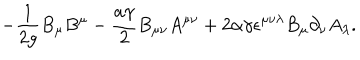
- { \frac { 1 } { 2 g } } B _ { \mu } B ^ { \mu } - { \frac { a \gamma } { 2 } } B _ { \mu \nu } A ^ { \mu \nu } + 2 \alpha \gamma \epsilon ^ { \mu \nu \lambda } B _ { \mu } \partial _ { \nu } A _ { \lambda } .